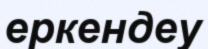
еркендеу